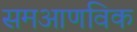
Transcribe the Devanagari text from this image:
समआणविक